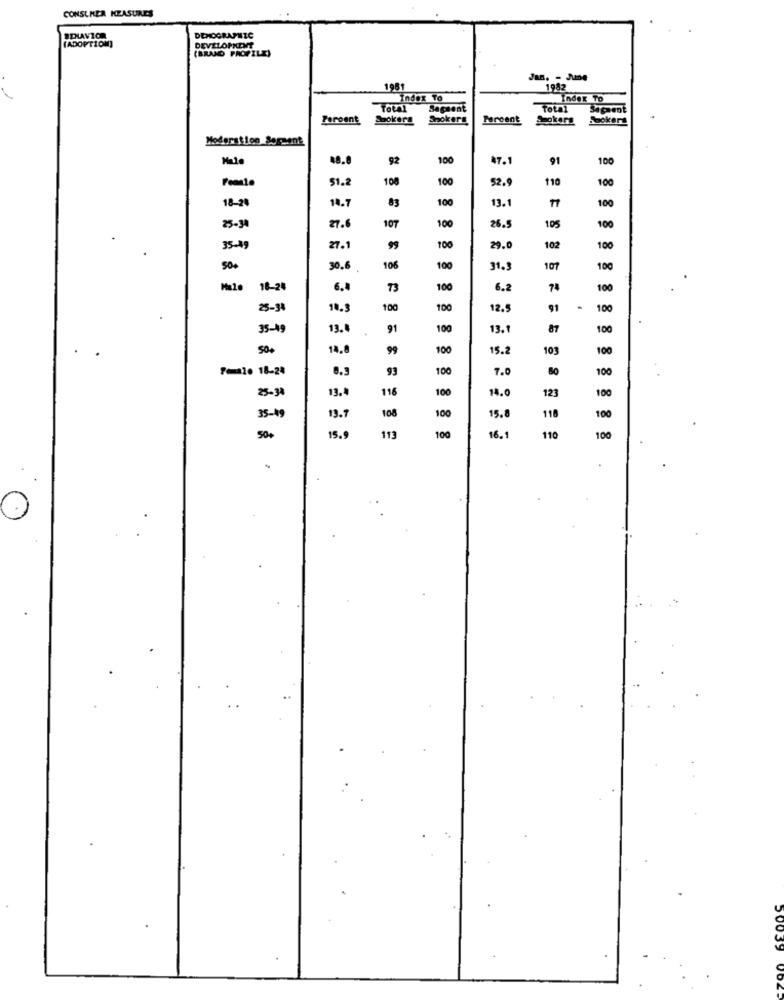
CONSUMER MEASURES
#DLAVIOR
(ADOPTION)
DEMOGRAPHIC
DEVELOPMENT
(BRAND PROFILE)
Jan. - June
1981
1982
Index To
Index To
Saçsent
Total
Sagaent
Peroent
Spokera
Spokers
Percent
Sokers
Moderation Serpent
92
100
47.1
91
100
51.2
108
100
52.9
110
100
18-24
14.7
83
100
13.1
100
25-34
100
26.5
27.6
107
105
100
35-49
27.
99
100
29.0
102
100
30.6
106
100
31.3
107
100
16-24
6.4
73
100
6.2
74
100
25-3
10.3
100
100
12.5
91
.
100
35-49
13.
91
100
13.1
87
100
50.
14.
99
100
15.2
103
100
Peale 18-24
93
100
7.0
100
25-34
13.4
116
100
14.0
123
100
108
15.8
35-49
19.7
100
118
100
113
50+
15.
100
16.1
110
100